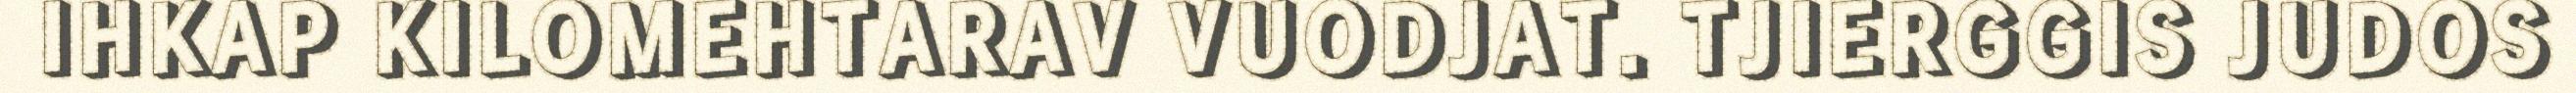
IHKAP KILOMEHTARAV VUODJAT. TJIERGGIS JUDOS